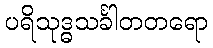
ပရိသုဒ္ဓသင်္ခါတတရော